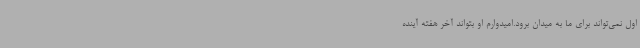
اول نمی‌تواند برای ما به میدان برود.امیدوارم او بتواند آخر هفته آینده